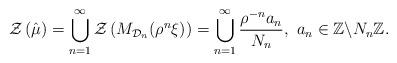
LaTeX: \begin{align*}\mathcal{Z}\left(\hat{\mu}\right)=\bigcup_{n=1}^{\infty}\mathcal{Z}\left( M_{\mathcal{D}_{n}}(\rho^{n}\xi)\right)= \bigcup_{n=1}^{\infty} \frac{\rho^{-n}a_{n}}{N_{n}},\ a_{n}\in\mathbb{Z}\backslash N_{n}\mathbb{Z}.\end{align*}